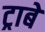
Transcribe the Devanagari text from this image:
ट्राबे